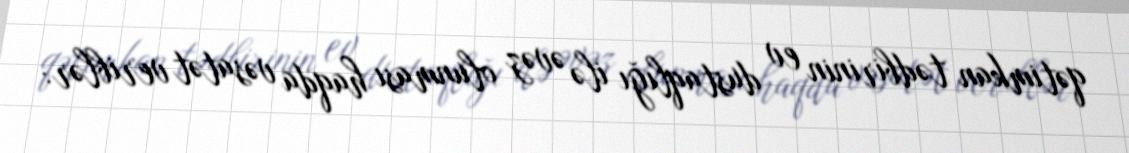
qətimkan tədbirinin ev dustaqlığı ilə əvəz olunması haqda vəsatət veriblər: